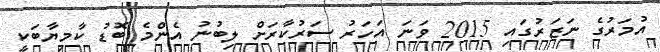
އުމަރުގެ ނަޒަރުގައި 2015 ވަނަ އަހަރު ސަރުކާރަށް ލިބުނު އެންމެ ބޮޑު ކާމިޔާބަކީ